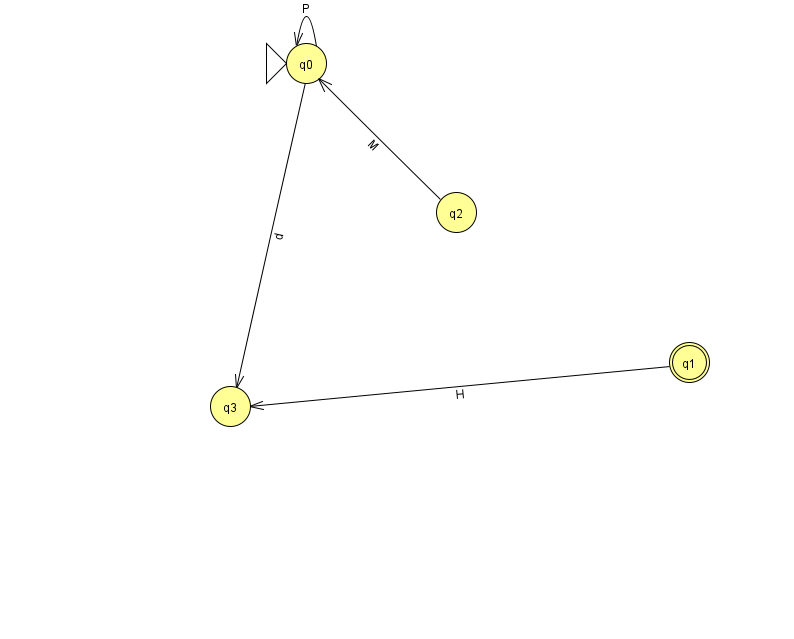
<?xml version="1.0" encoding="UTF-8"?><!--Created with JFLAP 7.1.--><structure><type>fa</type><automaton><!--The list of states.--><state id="0" name="q0"><x>306.0</x><y>50.0</y><initial/></state><state id="1" name="q1"><x>689.0</x><y>349.0</y><final/></state><state id="2" name="q2"><x>456.0</x><y>199.0</y></state><state id="3" name="q3"><x>230.0</x><y>393.0</y></state><!--The list of transitions.--><transition><from>0</from><to>0</to><read>P</read></transition><transition><from>1</from><to>3</to><read>H</read></transition><transition><from>0</from><to>3</to><read>d</read></transition><transition><from>2</from><to>0</to><read>M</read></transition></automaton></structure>